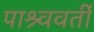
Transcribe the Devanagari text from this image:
पाश्र्ववर्ती